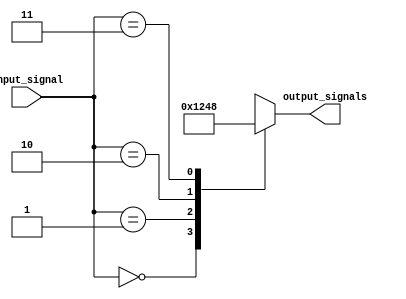
module decoder (
    input wire [1:0] input_signal,
    output reg [3:0] output_signals
);

always @*
begin
    case(input_signal)
        2'b00: output_signals = 4'b0001;
        2'b01: output_signals = 4'b0010;
        2'b10: output_signals = 4'b0100;
        2'b11: output_signals = 4'b1000;
    endcase
end

endmodule